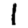
Digit: 1